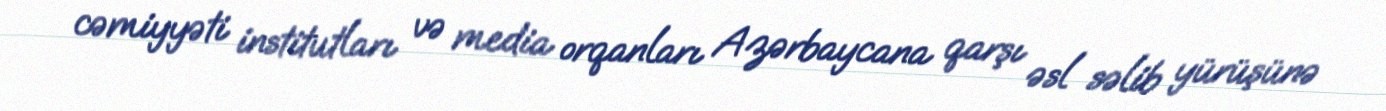
cəmiyyəti institutları və media orqanları Azərbaycana qarşı əsl səlib yürüşünə